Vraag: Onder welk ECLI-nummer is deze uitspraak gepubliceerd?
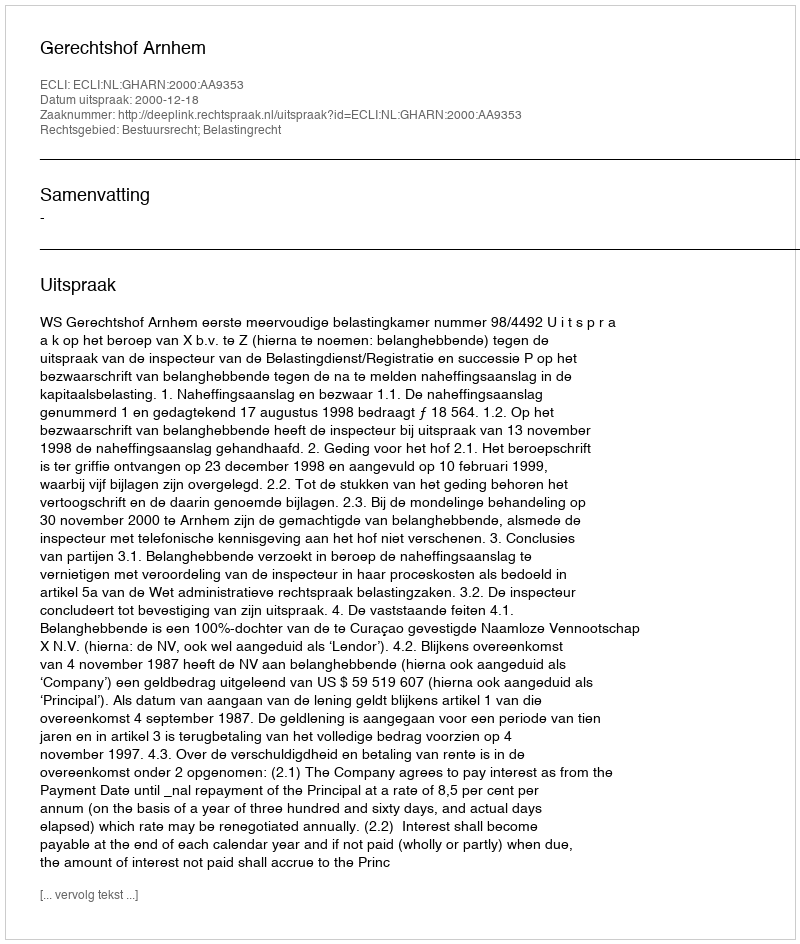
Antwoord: ECLI:NL:GHARN:2000:AA9353